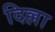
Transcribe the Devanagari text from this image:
दिल्ला